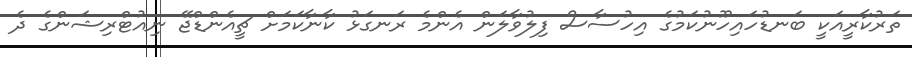
ތަރުކާރީއަކީ ބަނޑުހައިހޫނުކަމުގެ އިހުސާސް ފިލުވާލަން އެންމެ ރަނގަޅު ކާނާކަމަށް ޗީއެންޑްޖޭ ނިއުޓްރިޝަންގެ ދެ